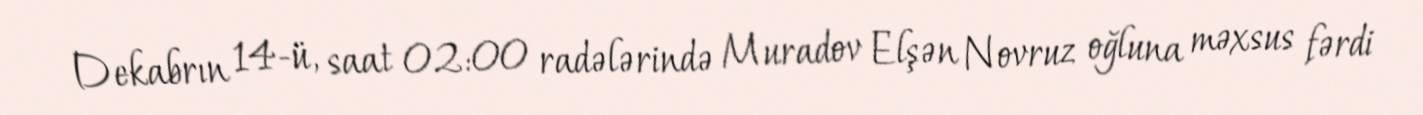
Dekabrın 14-ü, saat 02:00 radələrində Muradov Elşən Novruz oğluna məxsus fərdi